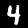
Digit: 4